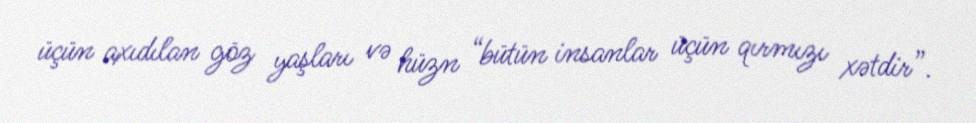
üçün axıdılan göz yaşları və hüzn “bütün insanlar üçün qırmızı xətdir”.